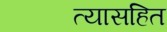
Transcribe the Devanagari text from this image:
त्यासहित